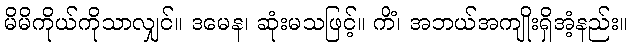
မိမိကိုယ်ကိုသာလျှင်။ ဒမေန၊ ဆုံးမသဖြင့်။ ကိံ၊ အဘယ်အကျိုးရှိအံ့နည်း။